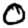
Digit: 0